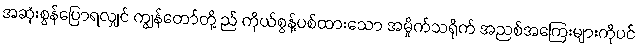
အဆုံးစွန်ပြောရလျှင် ကျွန်တော်တို့ ည် ကိုယ်စွန့်ပစ်ထားသော အမှိုက်သရိုက် အညစ်အကြေးများကိုပင်